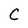
Character: C